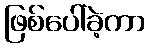
ဖြစ်ပေါ်ခဲ့ကာ